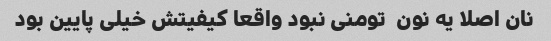
نان اصلا یه نون  تومنی نبود واقعا کیفیتش خیلی پایین بود